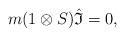
LaTeX: \begin{gather*}m(1\otimes{S}){\hat{\mathfrak{I}}}=0,\end{gather*}